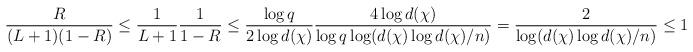
LaTeX: \begin{align*}\frac{R}{(L+1)(1-R)} \le \frac{1}{L+1} \frac{1}{1-R} \le \frac{\log q}{2 \log d(\chi)} \frac{ 4\log d(\chi)}{\log q \log (d(\chi) \log d(\chi) /n)} = \frac{2}{\log (d(\chi) \log d(\chi)/n)} \le 1\end{align*}